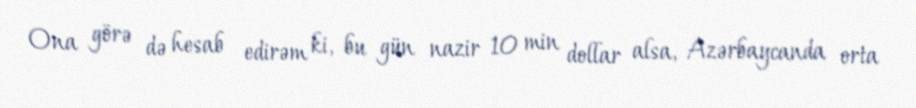
Ona görə də hesab edirəm ki, bu gün nazir 10 min dollar alsa, Azərbaycanda orta